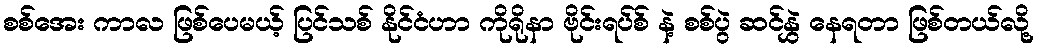
စစ်အေး ကာလ ဖြစ်ပေမယ့် ပြင်သစ် နိုင်ငံဟာ ကိုရိုနာ ဗိုင်းရပ်စ် နဲ့ စစ်ပွဲ ဆင်နွှဲ နေရတာ ဖြစ်တယ်လို့